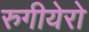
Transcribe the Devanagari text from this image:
रुगीयेरो